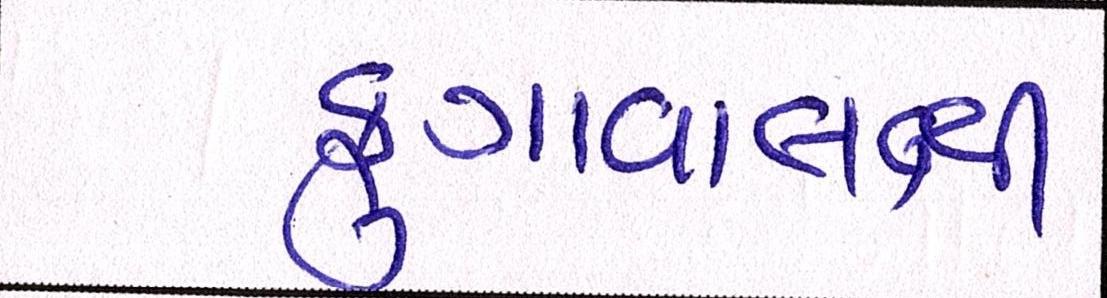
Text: ફુગાવાલક્ષી